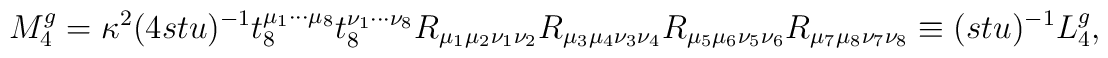
M^{g}_4=\kappa^2 (4 s t u)^{-1} t_8^{\mu_1\cdots\mu_8} t_8^{\nu_1\cdots\nu_8}R_{\mu_1\mu_2\nu_1\nu_2}R_{\mu_3\mu_4\nu_3\nu_4}R_{\mu_5\mu_6\nu_5\nu_6}R_{\mu_7\mu_8\nu_7\nu_8}\equiv  (s t u)^{-1} L^g_4,